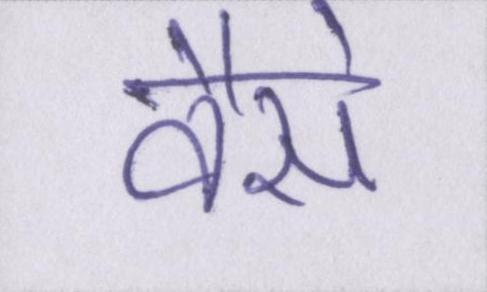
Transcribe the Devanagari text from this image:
वैसे